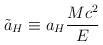
LaTeX: \begin{align*}\tilde a_H\equiv a_H\frac{Mc^2}{E}\end{align*}